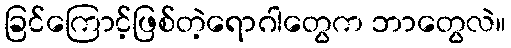
ခြင်ကြောင့်ဖြစ်တဲ့ရောဂါတွေက ဘာတွေလဲ။